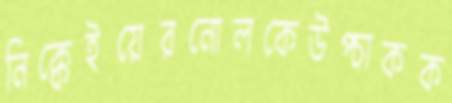
নিক্কেইয়েরনোলকেউপ্‌চাকক